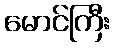
မောင်ကြီး